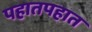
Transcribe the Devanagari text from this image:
पहातपहात